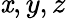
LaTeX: \mathit{x},y,z